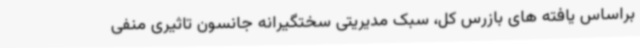
براساس یافته های بازرس کل، سبک مدیریتی سختگیرانه جانسون تاثیری منفی